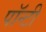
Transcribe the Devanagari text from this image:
पॉन्टी